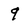
Character: 9